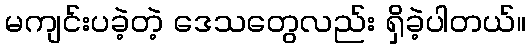
မကျင်းပခဲ့တဲ့ ဒေသတွေလည်း ရှိခဲ့ပါတယ်။